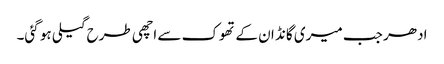
ادھر جب میری گانڈ ان کے تھوک سے اچھی طرح گیلی ہو گئی۔